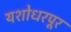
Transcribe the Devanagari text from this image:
यशोधरपूर